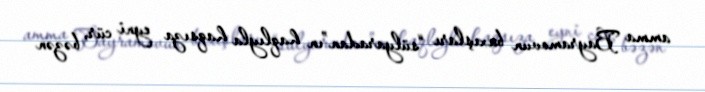
amma Bayramovun baxışları “sülyaradan”ın haqlıyla haqsıza eyni cür, bəzən